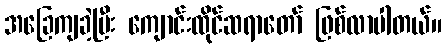
အခြေကျခဲ့ပြီး ကျောင်းထိုင်ဆရာတော် ဖြစ်လာပါတယ်။